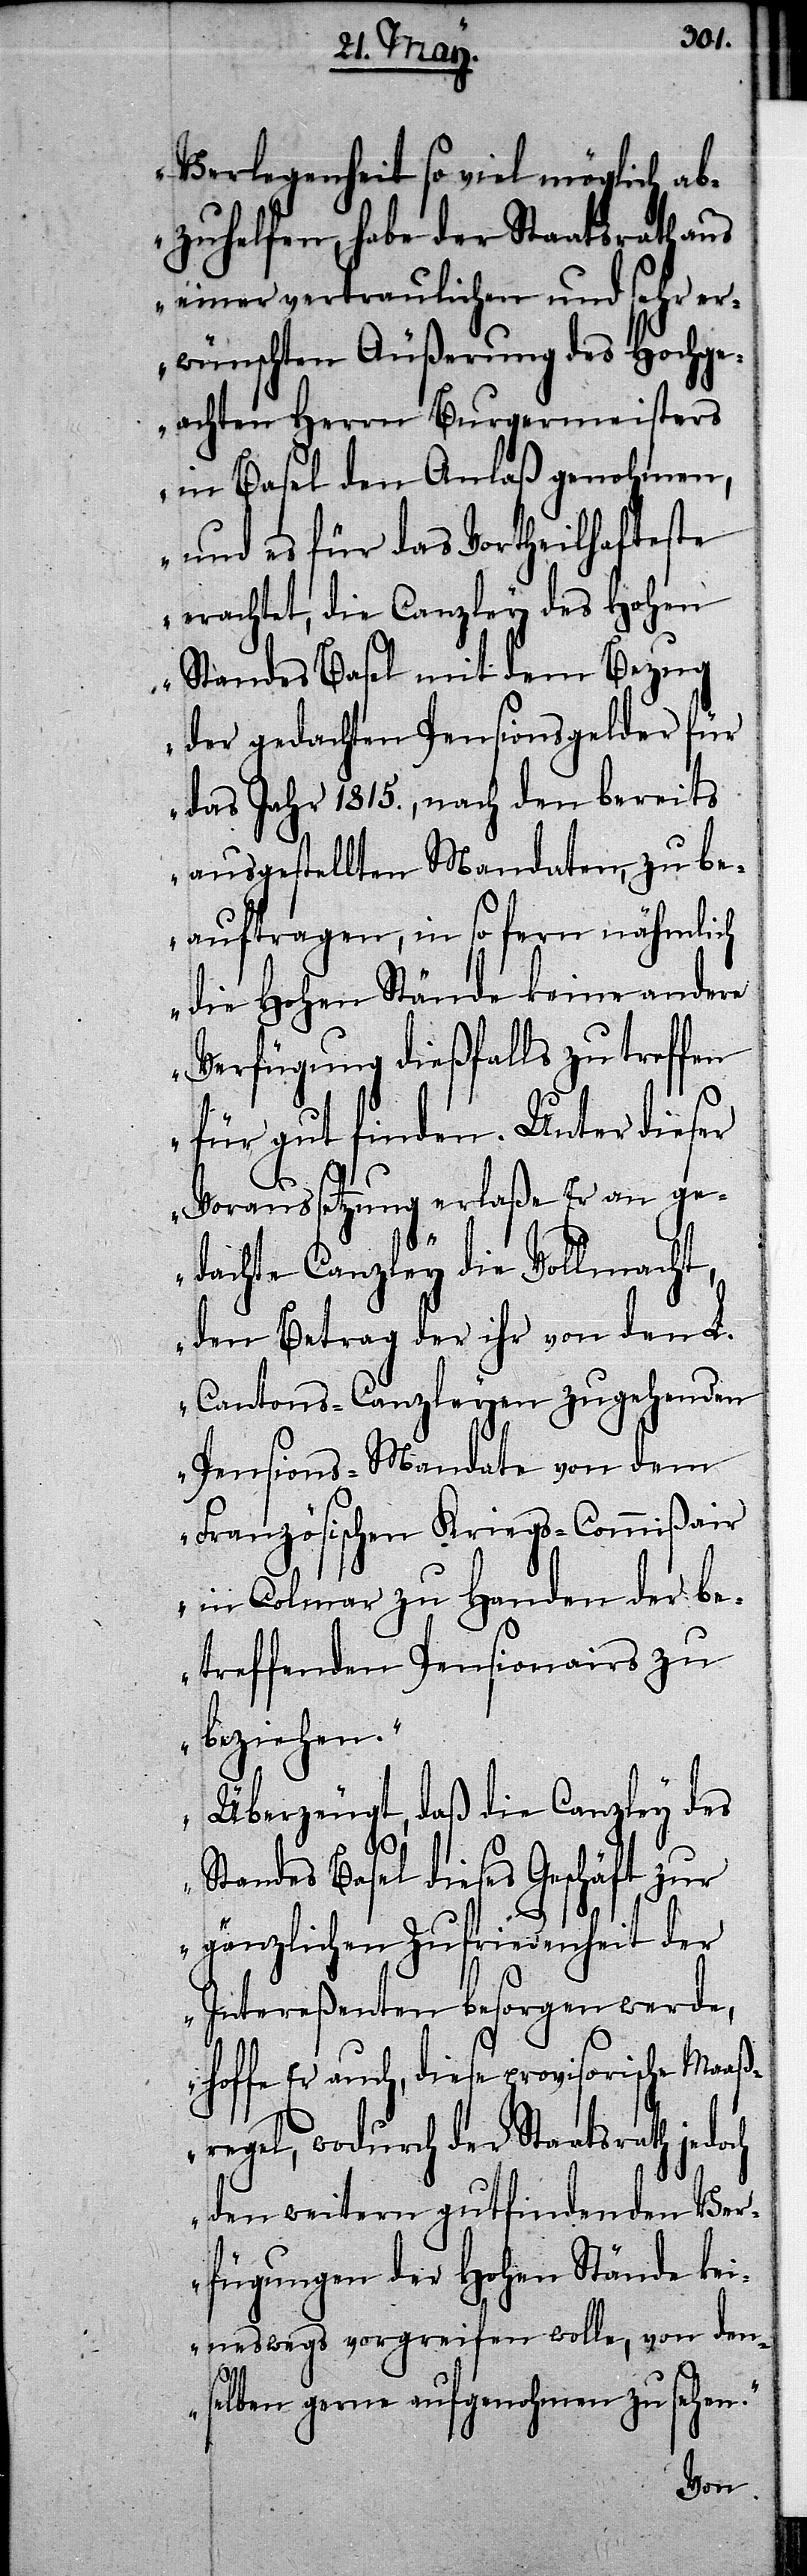
Verlegenheit so viel möglich ab¬
zuhelfen, habe der Staatsrath aus
einer vertraulichen und sehr er¬
wünschten Äußerung des Hochge¬
achten Herrn Burgermeisters
in Basel den Anlaß genohmen,
und es für das Vortheilhafteste
erachtet, die Canzley des Hohen
Standes Basel mit dem Bezug
der gedachten Pensionsgelder für
das Jahr 1815., nach den bereits
ausgestellten Mandaten, zu be¬
auftragen, in so fern nähmlich
die Hohen Stände keine andere
Verfügung dießfalls zu treffen
für gut finden. Unter dieser
Voraussetzung erlaße Er an ge¬
dachte Canzley die Vollmacht,
den Betrag der ihr von den L.
Cantons-Canzleyen zugehenden
Pensions-Mandate von dem
Französischen Kriegs-Commißair
in Colmar zu Handen der be¬
treffenden Pensionairs zu
beziehen.
Überzeugt, daß die Canzley des
Standes Basel dieses Geschäft zur
gänzlichen Zufriedenheit der
Intereßenten besorgen werde,
hoffe Er auch, diese provisorische Maaß¬
regel, wodurch der Staatsrath jedoch
den weitern gutfindenen Ver¬
fügungen der Hohen Stände kei¬
neswegs vorgreifen wolle, von den¬
selben gerne aufgenohmen zu sehen.“